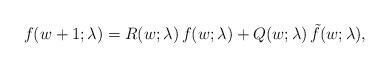
LaTeX: \begin{align*} f(w+1; \lambda) = R(w; \lambda) \, f(w; \lambda) + Q(w; \lambda) \, \tilde{f}(w; \lambda), \end{align*}